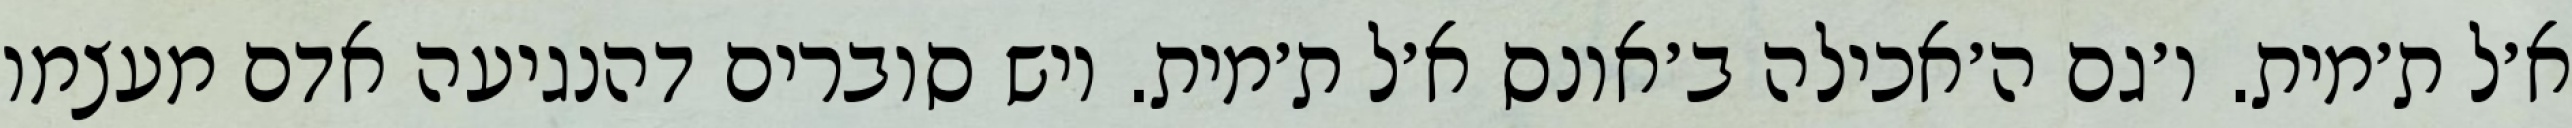
א׳ל ת׳מית. ו׳גם ה׳אכילה ב׳אונס א׳ל ת׳מית. ויש סוברים דהנגיעה אדם מעצמו